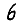
Digit: 6